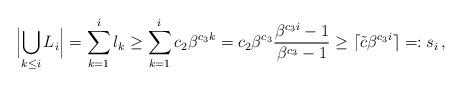
LaTeX: \begin{align*}\Bigl|\bigcup_{k\leq i}L_i\Bigr|=\sum_{k=1}^i l_k\geq \sum_{k=1}^i c_2\beta^{c_3k}=c_2\beta^{c_3}\frac{\beta^{c_3i}-1}{\beta^{c_3}-1}\geq\lceil\tilde{c}\beta^{c_3i}\rceil=:s_i\,,\end{align*}